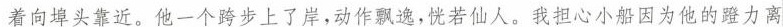
着向埠头靠近。他一个跨步上了岸，动作飘逸，恍若仙人。我担心小船因为他的蹬力离